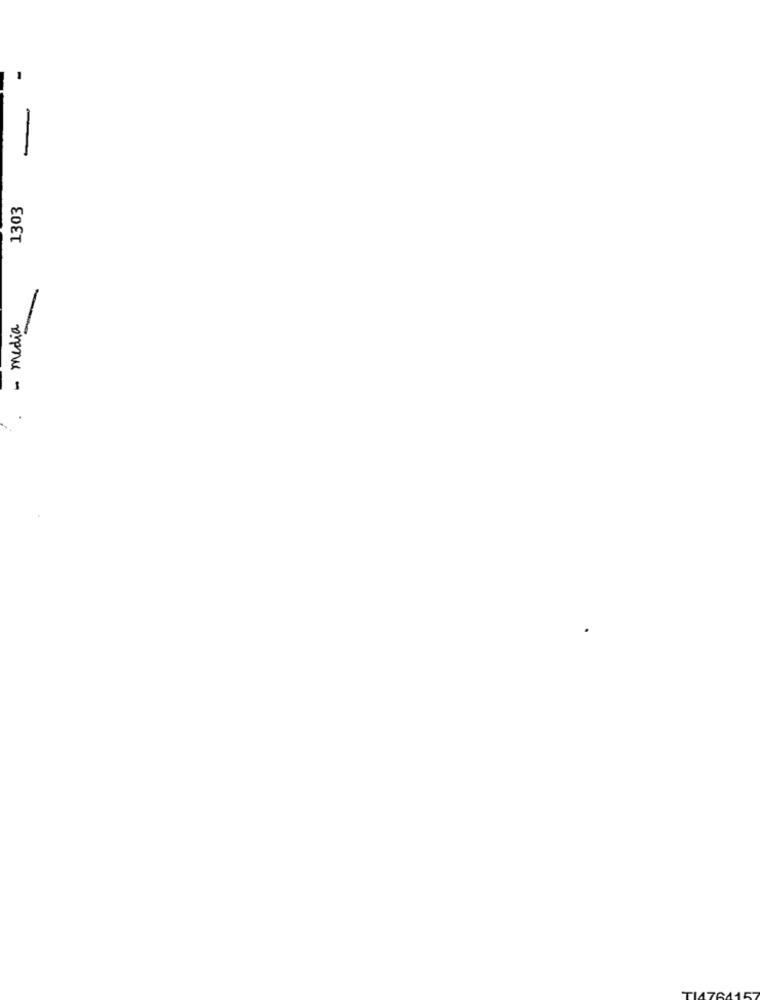
1303
- media